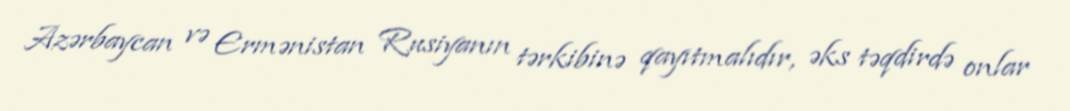
Azərbaycan və Ermənistan Rusiyanın tərkibinə qayıtmalıdır, əks təqdirdə onlar